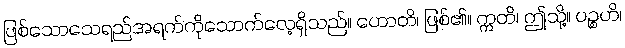
ဖြစ်သောသေရည်အရက်ကိုသောက်လေ့ရှိသည်။ ဟောတိ၊ ဖြစ်၏။ ဣတိ၊ ဤသို့။ ပဉ္စဟိ၊